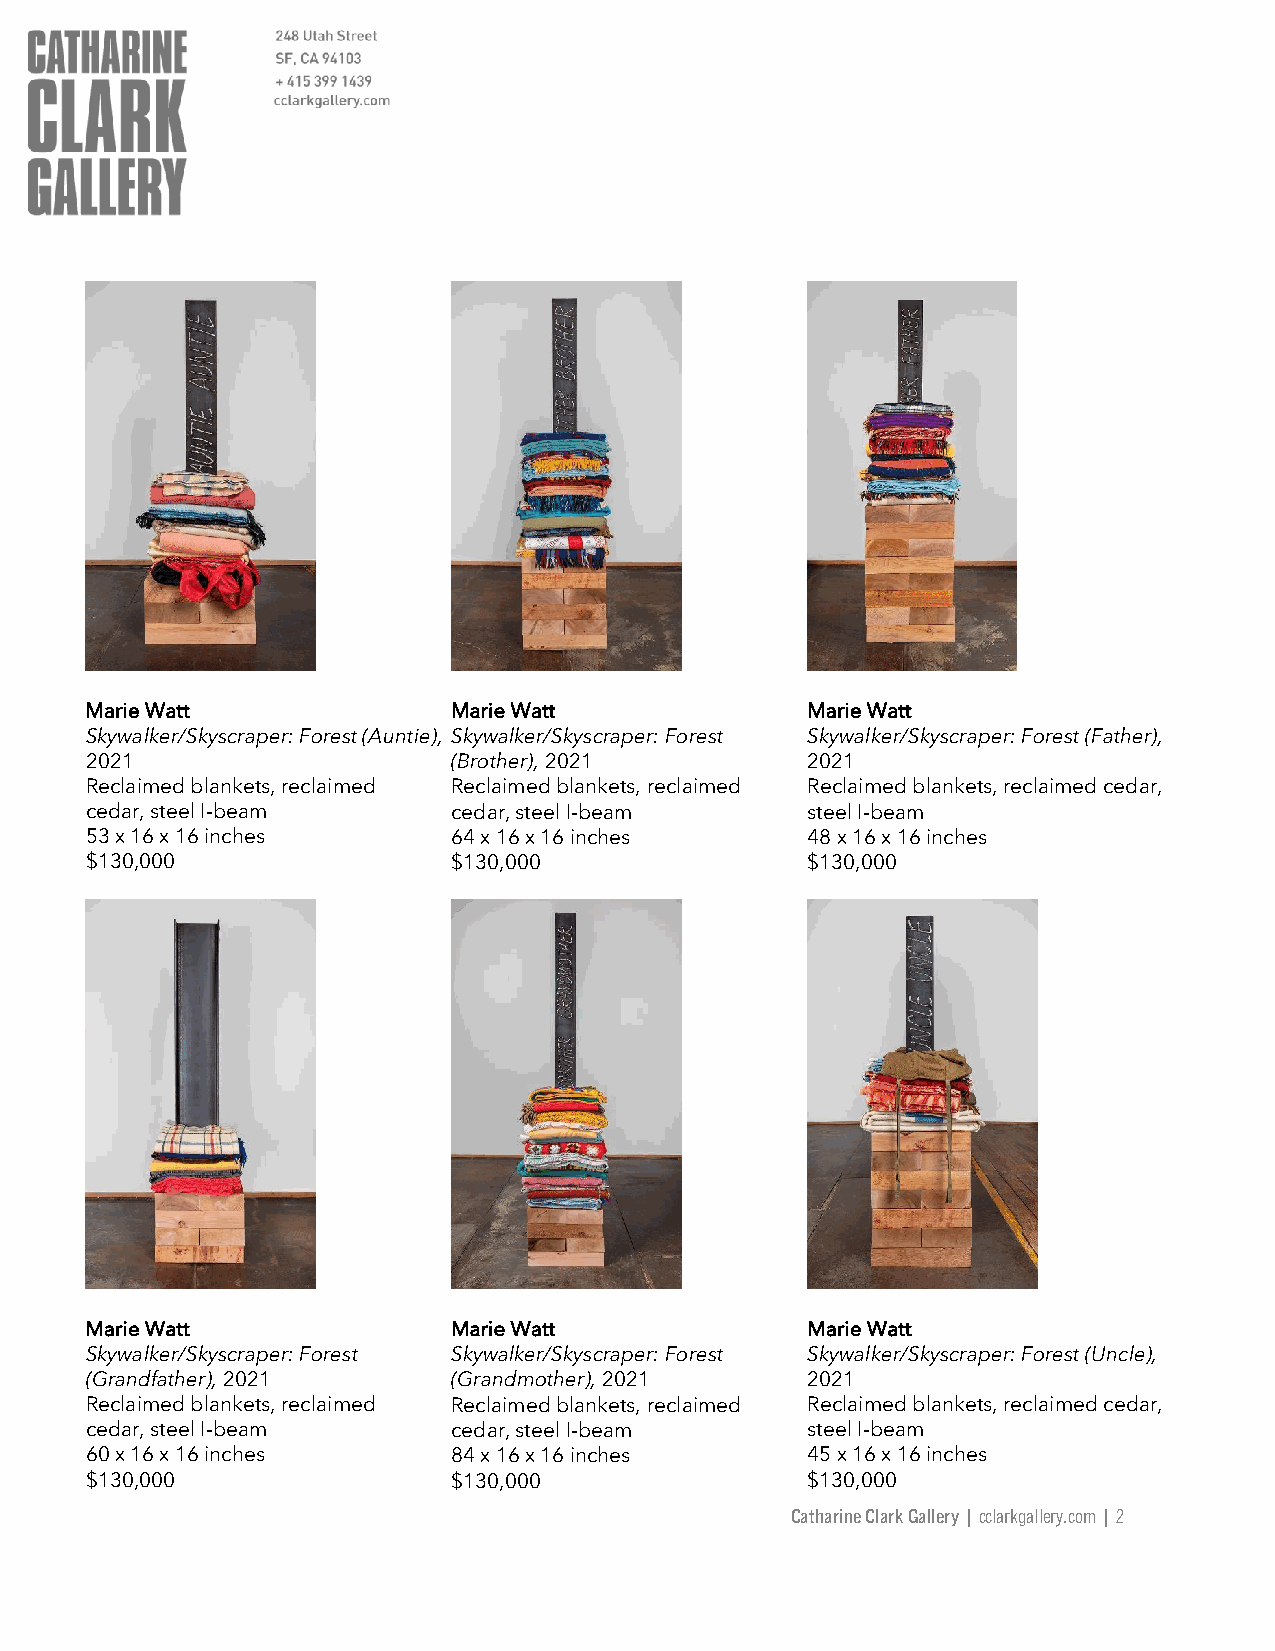
Marie Watt              Marie Watt             Marie Watt
 Skywalker/Skyscraper: Forest (Auntie), Skywalker/Skyscraper: Forest Skywalker/Skyscraper: Forest (Father),
 2021                    (Brother), 2021        2021
 Reclaimed blankets, reclaimed Reclaimed blankets, reclaimed Reclaimed blankets, reclaimed cedar,
 cedar, steel I-beam     cedar, steel I-beam    steel I-beam
 53 x 16 x 16 inches     64 x 16 x 16 inches    48 x 16 x 16 inches
 $130,000                $130,000               $130,000
 Marie Watt              Marie Watt             Marie Watt
 Skywalker/Skyscraper: Forest Skywalker/Skyscraper: Forest Skywalker/Skyscraper: Forest (Uncle),
 (Grandfather), 2021     (Grandmother), 2021    2021
 Reclaimed blankets, reclaimed Reclaimed blankets, reclaimed Reclaimed blankets, reclaimed cedar,
 cedar, steel I-beam     cedar, steel I-beam    steel I-beam
 60 x 16 x 16 inches     84 x 16 x 16 inches    45 x 16 x 16 inches
 $130,000                $130,000               $130,000
 Catharine Clark Gallery | cclarkgallery.com | 2